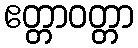
ဧတ္တာဝတ္တာ